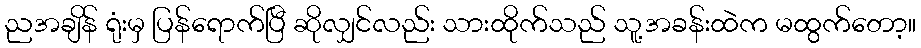
ညအချိန် ရုံးမှ ပြန်ရောက်ပြီ ဆိုလျှင်လည်း သားထိုက်သည် သူ့အခန်းထဲက မထွက်တော့။